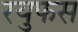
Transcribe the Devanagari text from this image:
रयुफस